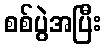
စစ်ပွဲအပြီး